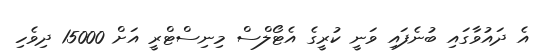
އެ ދައުވާގައި ބުނެފައި ވަނީ ކުރީގެ އެޓޯލްސް މިނިސްޓްރީ އަށް 15000 ދިވެހި